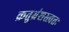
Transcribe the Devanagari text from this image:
क्रतुभ्रंशस्त्वत्तः